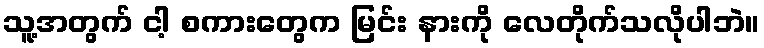
သူ့အတွက် ငါ့ စကားတွေက မြင်း နားကို လေတိုက်သလိုပါဘဲ။